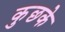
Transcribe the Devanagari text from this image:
कुछके